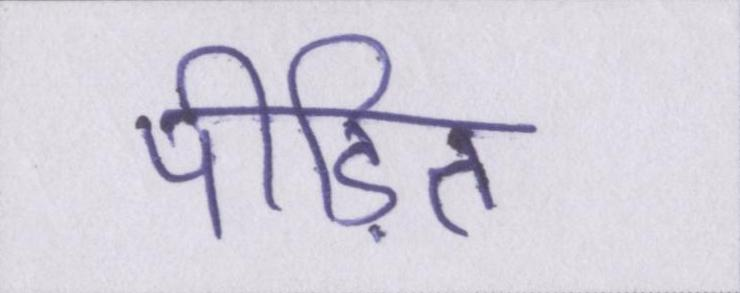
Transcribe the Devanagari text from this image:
पीडि़त